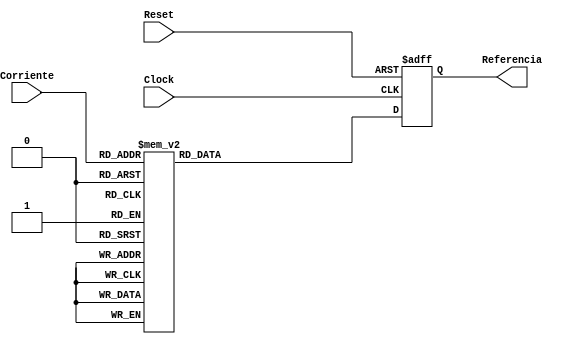
`timescale 1ns / 1ps
//////////////////////////////////////////////////////////////////////////////////
// Company: 
// Engineer: 
// 
// Design Name: 
// Module Name:    Deco_Corriente 
// Project Name: 
// Target Devices: 
// Tool versions: 
// Description: 
//
// Dependencies: 
//
// Revision: 
// Revision 0.01 - File Created
// Additional Comments: 
//
//////////////////////////////////////////////////////////////////////////////////
module Deco_Corriente(
input Clock,//entrada de reloj
input Reset, //entrada de reset
input wire [3:0] Corriente, //corresponde al valor binario que representa cada valor de corriente
output wire [9:0] Referencia // 10 bits que van al comparador, llamados referencia
    );

reg [9:0] deco_out; // se define un registro para asignar el valor de la salida segun la corriente

always @(posedge Clock or posedge Reset) // siempre que haya un cambio en la corriente
if (Reset) begin
deco_out<=10'b0000000000; // establece el reg al nivel bajo
end
else
case (Corriente) // se evalua cada expresin y en funcin a eso se asigna un valor
4'b0000 : deco_out <= 10'b0000000000; //ciclo de trabajo al 0%
4'b0001 : deco_out <= 10'b0001100110; //ciclo de trabajo al 10%
4'b0010 : deco_out <= 10'b0011001101; //ciclo de trabajo al 20%
4'b0011 : deco_out <= 10'b0100110011; //ciclo de trabajo al 30%
4'b0100 : deco_out <= 10'b0110011010; //ciclo de trabajo al 40%
4'b0101 : deco_out <= 10'b1000000000; //ciclo de trabajo al 50%
4'b0110 : deco_out <= 10'b1001100110; //ciclo de trabajo al 60%
4'b0111 : deco_out <= 10'b1011001101; //ciclo de trabajo al 70%
4'b1000 : deco_out <= 10'b1100110011; //ciclo de trabajo al 80%
4'b1001 : deco_out <= 10'b1110011010; //ciclo de trabajo al 90%
4'b1010 : deco_out <= 10'b1111111111; //ciclo de trabajo al 100%
default: deco_out <= 10'b0000000000;  // esta es la condicion de salida del decodificador por defecto
endcase//finaliza el case
	 
assign Referencia = deco_out; // se asigna valor a la variable wire deco_salida

endmodule